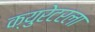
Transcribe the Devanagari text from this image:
क्युरेटरला